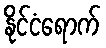
နိုင်ငံရောက်